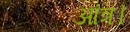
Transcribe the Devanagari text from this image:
आंत्र।